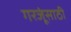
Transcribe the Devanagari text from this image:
गरजूंसाठी